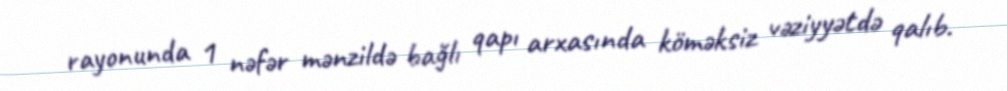
rayonunda 1 nəfər mənzildə bağlı qapı arxasında köməksiz vəziyyətdə qalıb.